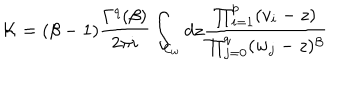
LaTeX: { \cal K } = ( \beta - 1 ) \frac { \Gamma ^ { q } ( \beta ) } { 2 \pi i } \int _ { { \cal C } _ { w } } d z \frac { \prod _ { i = 1 } ^ { p } ( v _ { i } - z ) } { \prod _ { j = 0 } ^ { q } ( w _ { j } - z ) ^ { \beta } }